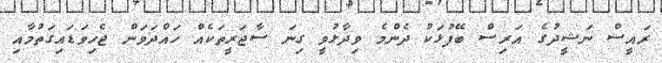
ރައީސް ނަޝީދުގެ އަރިސް ބޭފުޅަކު ދެންމެ ވިދާޅުވީ ގިނަ ސާޖަރީތަކެއް ހައްދަވަން ޖެހިވަޑައިގަތުމާއި